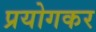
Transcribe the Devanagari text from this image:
प्रयोगकर